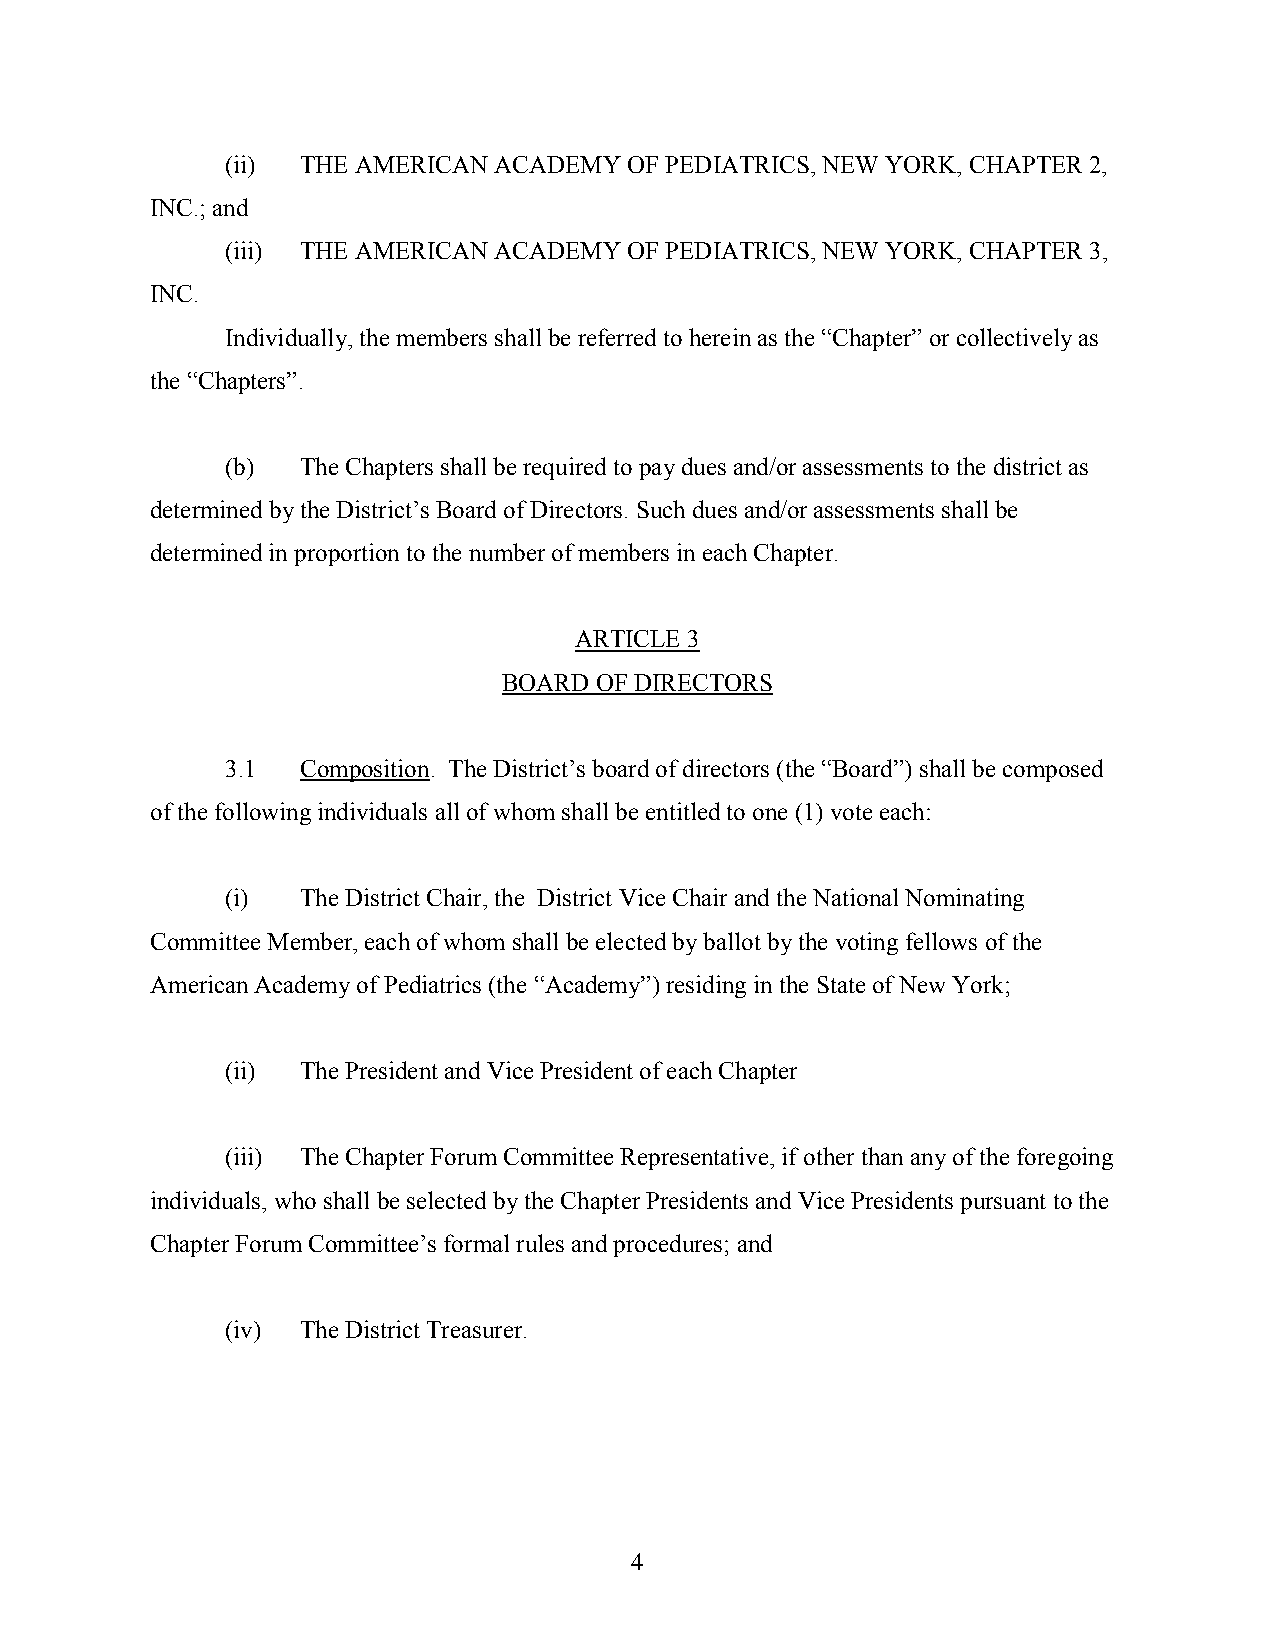
(ii) THE AMERICAN ACADEMY  OF PEDIATRICS, NEW YORK, CHAPTER 2,
 INC.; and
 (iii) THE AMERICAN ACADEMY OF PEDIATRICS, NEW YORK, CHAPTER 3,
 INC.
 Individually, the members shall be referred to herein as the “Chapter” or collectively as
 the “Chapters”.
 (b)  The Chapters shall be required to pay dues and/or assessments to the district as
 determined by the District’s Board of Directors. Such dues and/or assessments shall be
 determined in proportion to the number of members in each Chapter.
 ARTICLE 3
 BOARD OF DIRECTORS
 3.1  Composition. The District’s board of directors (the “Board”) shall be composed
 of the following individuals all of whom shall be entitled to one (1) vote each:
 (i)  The District Chair, the District Vice Chair and the National Nominating
 Committee Member, each of whom shall be elected by ballot by the voting fellows of the
 American Academy of Pediatrics (the “Academy”) residing in the State of New York;
 (ii) The President and Vice President of each Chapter
 (iii) The Chapter Forum Committee Representative, if other than any of the foregoing
 individuals, who shall be selected by the Chapter Presidents and Vice Presidents pursuant to the
 Chapter Forum Committee’s formal rules and procedures; and
 (iv) The District Treasurer.
 4